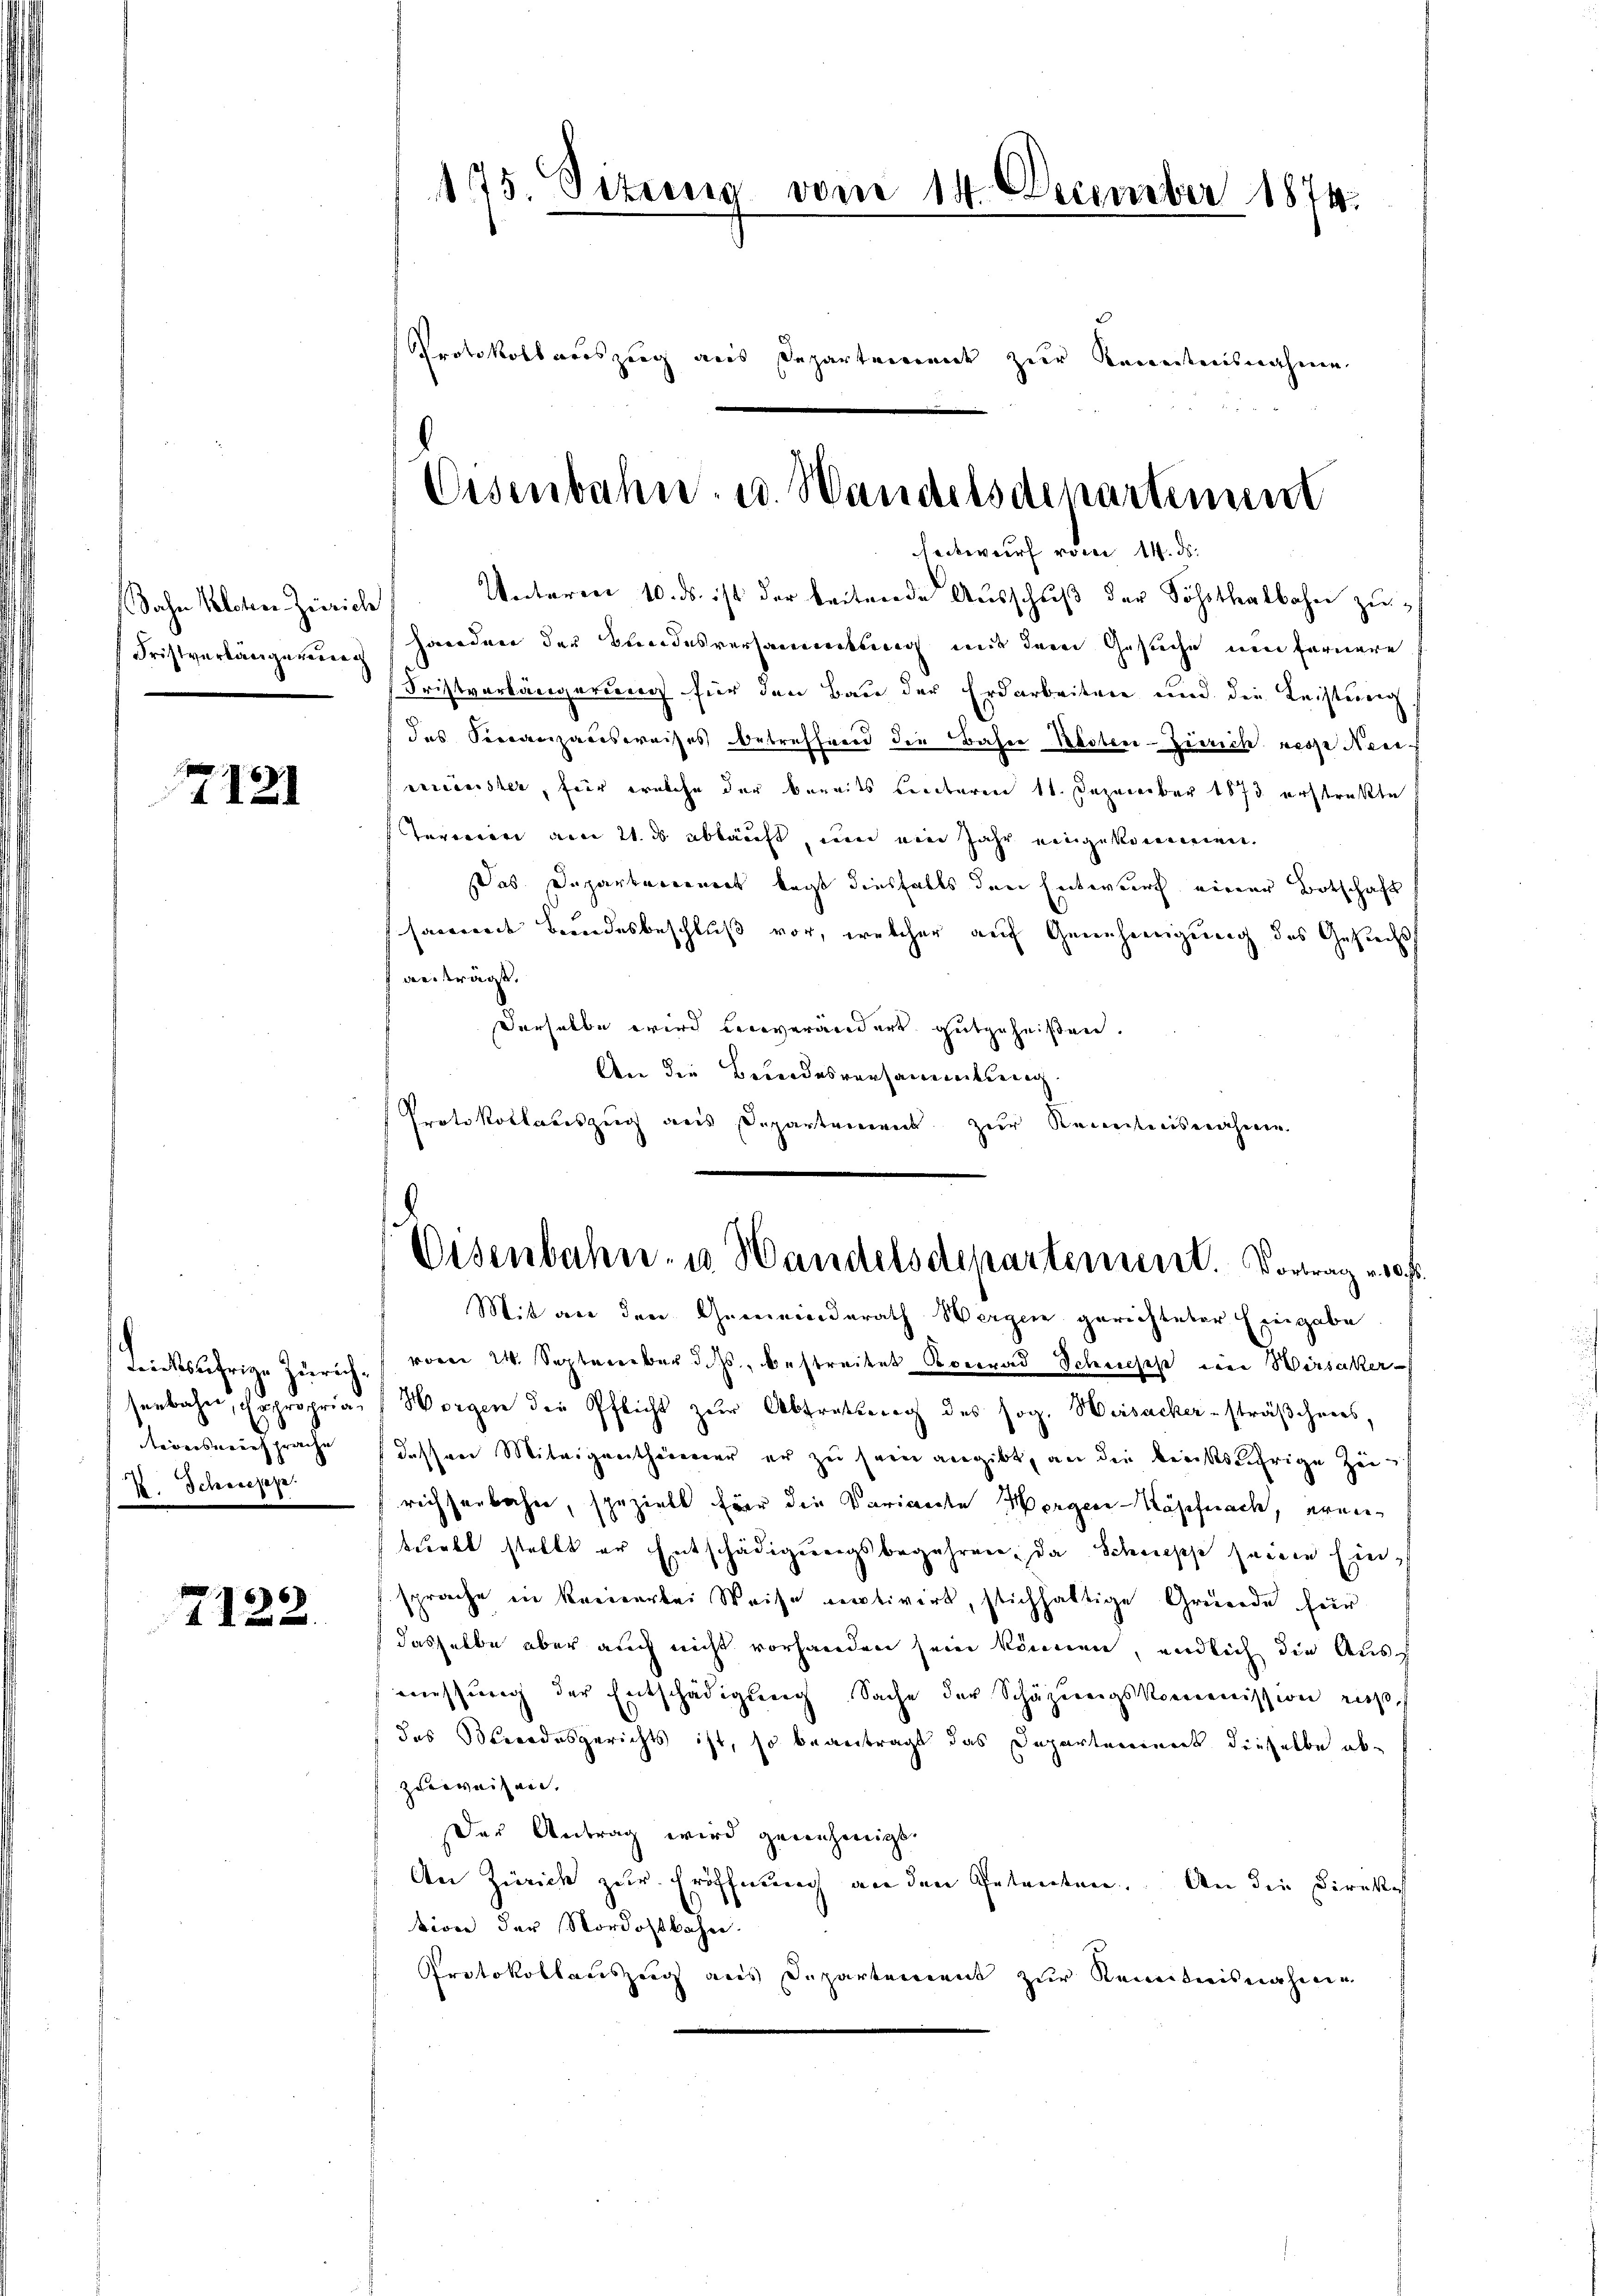
Sachen Welchen Zürich
Fristverlängerung

7121

X. Schwejez.

7122.

175. Situng vom 14. December 1874.

Unteren 10. ds. ist der beitende Aŭsschŭβ der Söhnthalbahn zu
handner der Bundesversammenkung mit dem Gesuche um fernere
Fristvorlängerung für den Bau der Erdarbeiten und die Leistung
das Serenzausweises Betreffend die Bahne Kloten-Zürich resse Neue
vereinister, für welche der bereits lieberen 11. Dezember 1873 erstrakte
Taverien am 21. ds abkauft, wenn eine Jahr eingekommen.
Das Departerrenert legt diesfalls den Entwurf einer Botschaft
samende Bundesbeschluß vor, welcher auf Genehmigung des Gesuchs
anderars,
Derselbe wird vorverändert gutgeheißen.
An die Besondesversammlung
Protokollauszug aus Departement zur Kenntnisnahme

Protokoll auszug aus Departement zur Kenntnisnahme

Eisenbahn- u. Wandelsdepartinum
sentwurf vom 14. ds.

Trinksufrige Zürich vom 24. September d. Js. bestreitet Konrad Schuses ein Hirsaker-
senbahn, copropria Horgen der Pflicht zur Abtrathung des sog. Weisacker- sträßchens,
tionsversprache dessen Miteigenthümer er zu sein angibt, an die kreissjährige Zei
richsenbahn, speziell für die Variante Morger-Käpfnach, eren
turbt stellt er Entschädigungsbegehren, da Schüepp seinen Einsprache in keiner bei Weise motivirt, stichhaltige Gründe für
dasselbe aber auch nicht vorhanden sein können, endlich die Aus
messung der Entschädigung Sache der Schazungskommission resp.
das Beendesgerichts ist, so beantragt das Departement dieselbe abzuerweisen.
Der Antrag wird genehmigt.
An Zürich zur Eröffnung an den Petenten. An die Direktes
sion der Nordostbahn.
Protokollauszug aus Departement zur Kenntnisnahme

s
Eisenbahn- u. Handelsdepartement. Vortrag v. 10 f.
Mit an den Gemeinderath Wergen gerichteter Eingabe